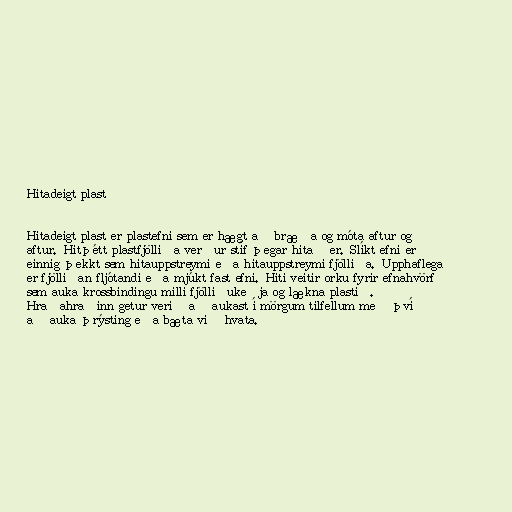
Hitadeigt plast

Hitadeigt plast er plastefni sem er hægt að bræða og móta aftur og
aftur. Hitþétt plastfjölliða verður stíf þegar hitað er. Slíkt efni er
einnig þekkt sem hitauppstreymi eða hitauppstreymi fjölliða. Upphaflega
er fjölliðan fljótandi eða mjúkt fast efni. Hiti veitir orku fyrir efnahvörf
sem auka krossbindingu milli fjölliðukeðja og lækna plastið.
Hraðahraðinn getur verið að aukast í mörgum tilfellum með því
að auka þrýsting eða bæta við hvata.